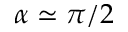
\alpha \simeq \pi / 2